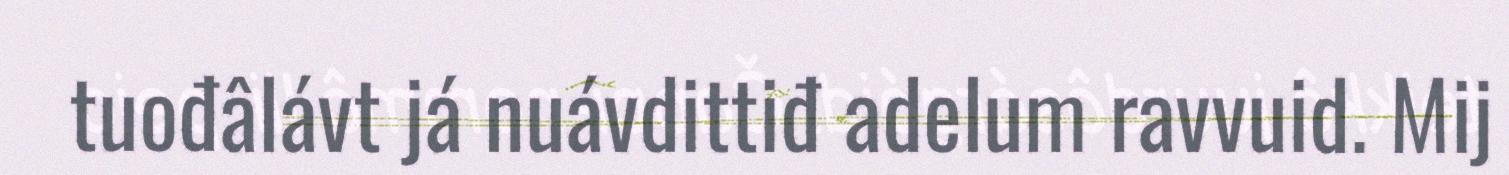
tuođâlávt já nuávdittiđ adelum ravvuid. Mij